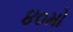
૪૦મો